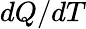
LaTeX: dQ/dT